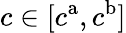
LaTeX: c\in[c^{\mathrm{a}},c^{\mathrm{b}}]